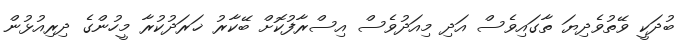
ބުދަކީ ވޭތުވެދިޔަ ތާގައިވެސް އަދި މިއަދުވެސް އިސްރާފުކޮށް ބޭކާރު ޚަރަދުކުރާ މީހުންގެ ދިރިއުޅުން